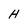
Character: H